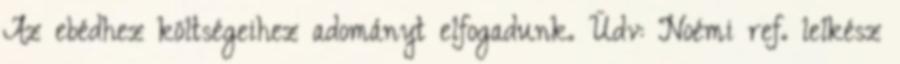
Az ebédhez költségeihez adományt elfogadunk. Üdv: Noémi ref. lelkész